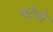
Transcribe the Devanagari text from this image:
भूदेवो